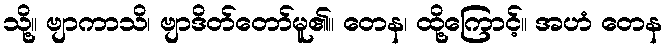
သို့။ ဗျာကာသိ၊ ဗျာဒိတ်တော်မူ၏။ တေန၊ ထို့ကြောင့်။ အဟံ တေန